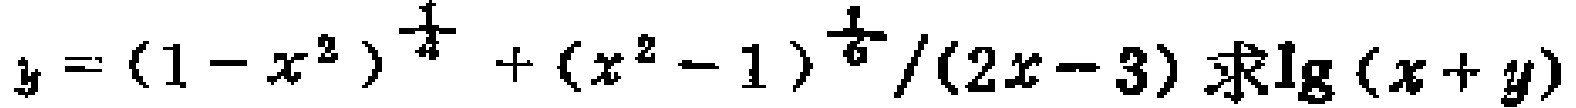
\(y=(1 - x^{2})^{\frac{1}{4}}+(x^{2}-1)^{\frac{1}{6}}/(2x - 3)\text{求}\lg(x + y)\)